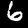
Digit: 6